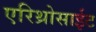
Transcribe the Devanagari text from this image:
एरिथ्रोसाईट